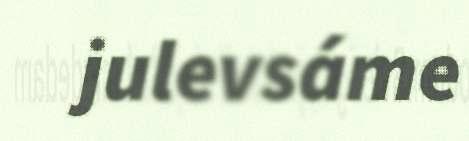
julevsáme